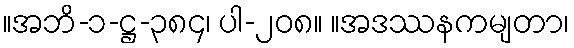
။အဘိ-၁-ဋ္ဌ-၃၈၄၊ ပါ-၂၀၈။ ။အဒဿနကမျတာ၊